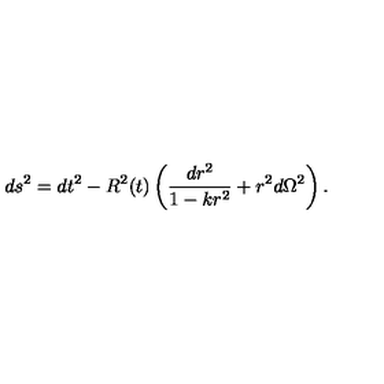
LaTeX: d s ^ { 2 } = d t ^ { 2 } - R ^ { 2 } ( t ) \left( \frac { d r ^ { 2 } } { 1 - k r ^ { 2 } } + r ^ { 2 } d \Omega ^ { 2 } \right) .